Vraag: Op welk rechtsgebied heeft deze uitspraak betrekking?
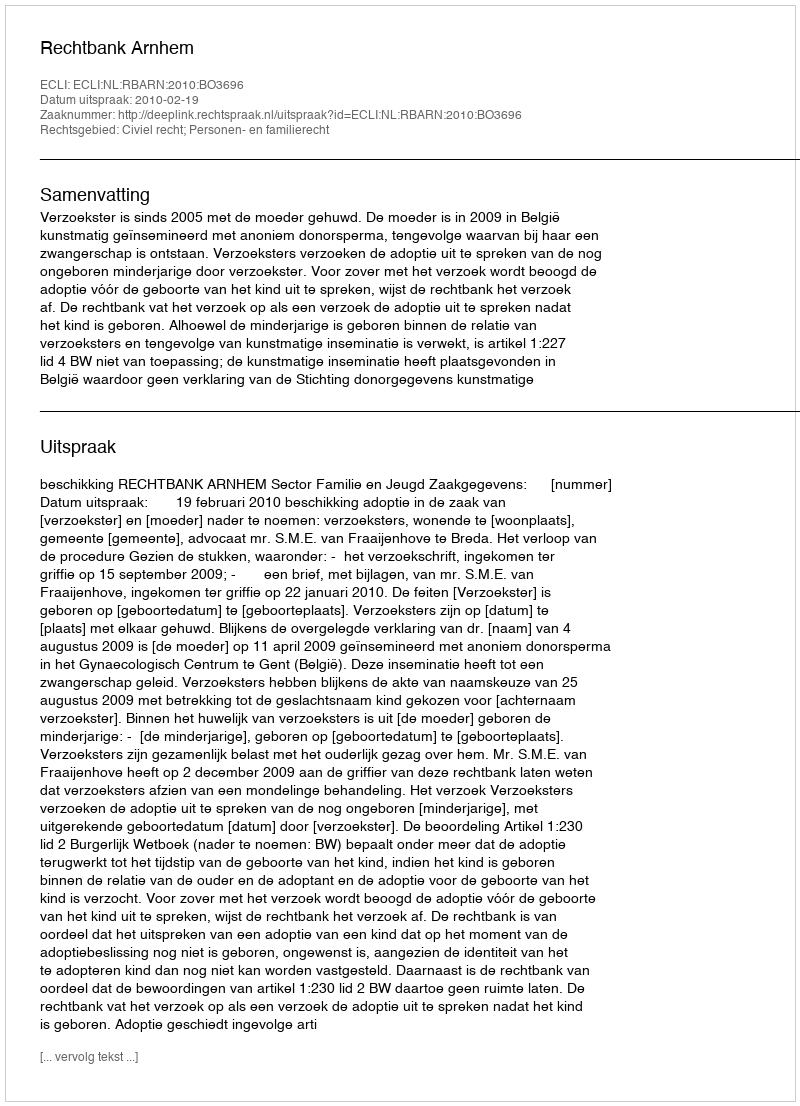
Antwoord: Civiel recht; Personen- en familierecht